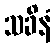
သခိနံ